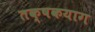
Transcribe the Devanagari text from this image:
तक्षकयाग